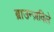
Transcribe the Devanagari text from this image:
ब्राउन्ज़विले